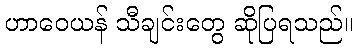
ဟာဝေယန် သီချင်းတွေ ဆိုပြရသည်။